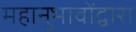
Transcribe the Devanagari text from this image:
महानुभावोंद्वारा